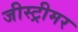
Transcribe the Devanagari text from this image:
जीस्ट्रीमर